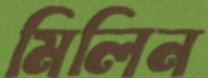
মিলিন